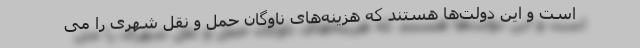
است و این دولت‌ها هستند که هزینه‌های ناوگان حمل و نقل شهری را می‌